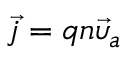
{ \vec { j } } = q n { \vec { \upsilon } } _ { a }